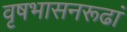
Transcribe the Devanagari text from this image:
वृषभासनरूढां